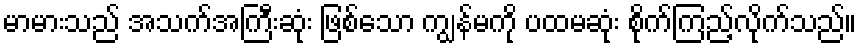
မာမားသည် အသက်အကြီးဆုံး ဖြစ်သော ကျွန်မကို ပထမဆုံး စိုက်ကြည့်လိုက်သည်။